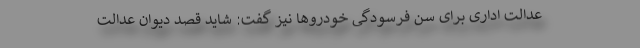
عدالت اداری برای سن فرسودگی خودروها نیز گفت: شاید قصد دیوان عدالت